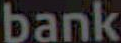
bank